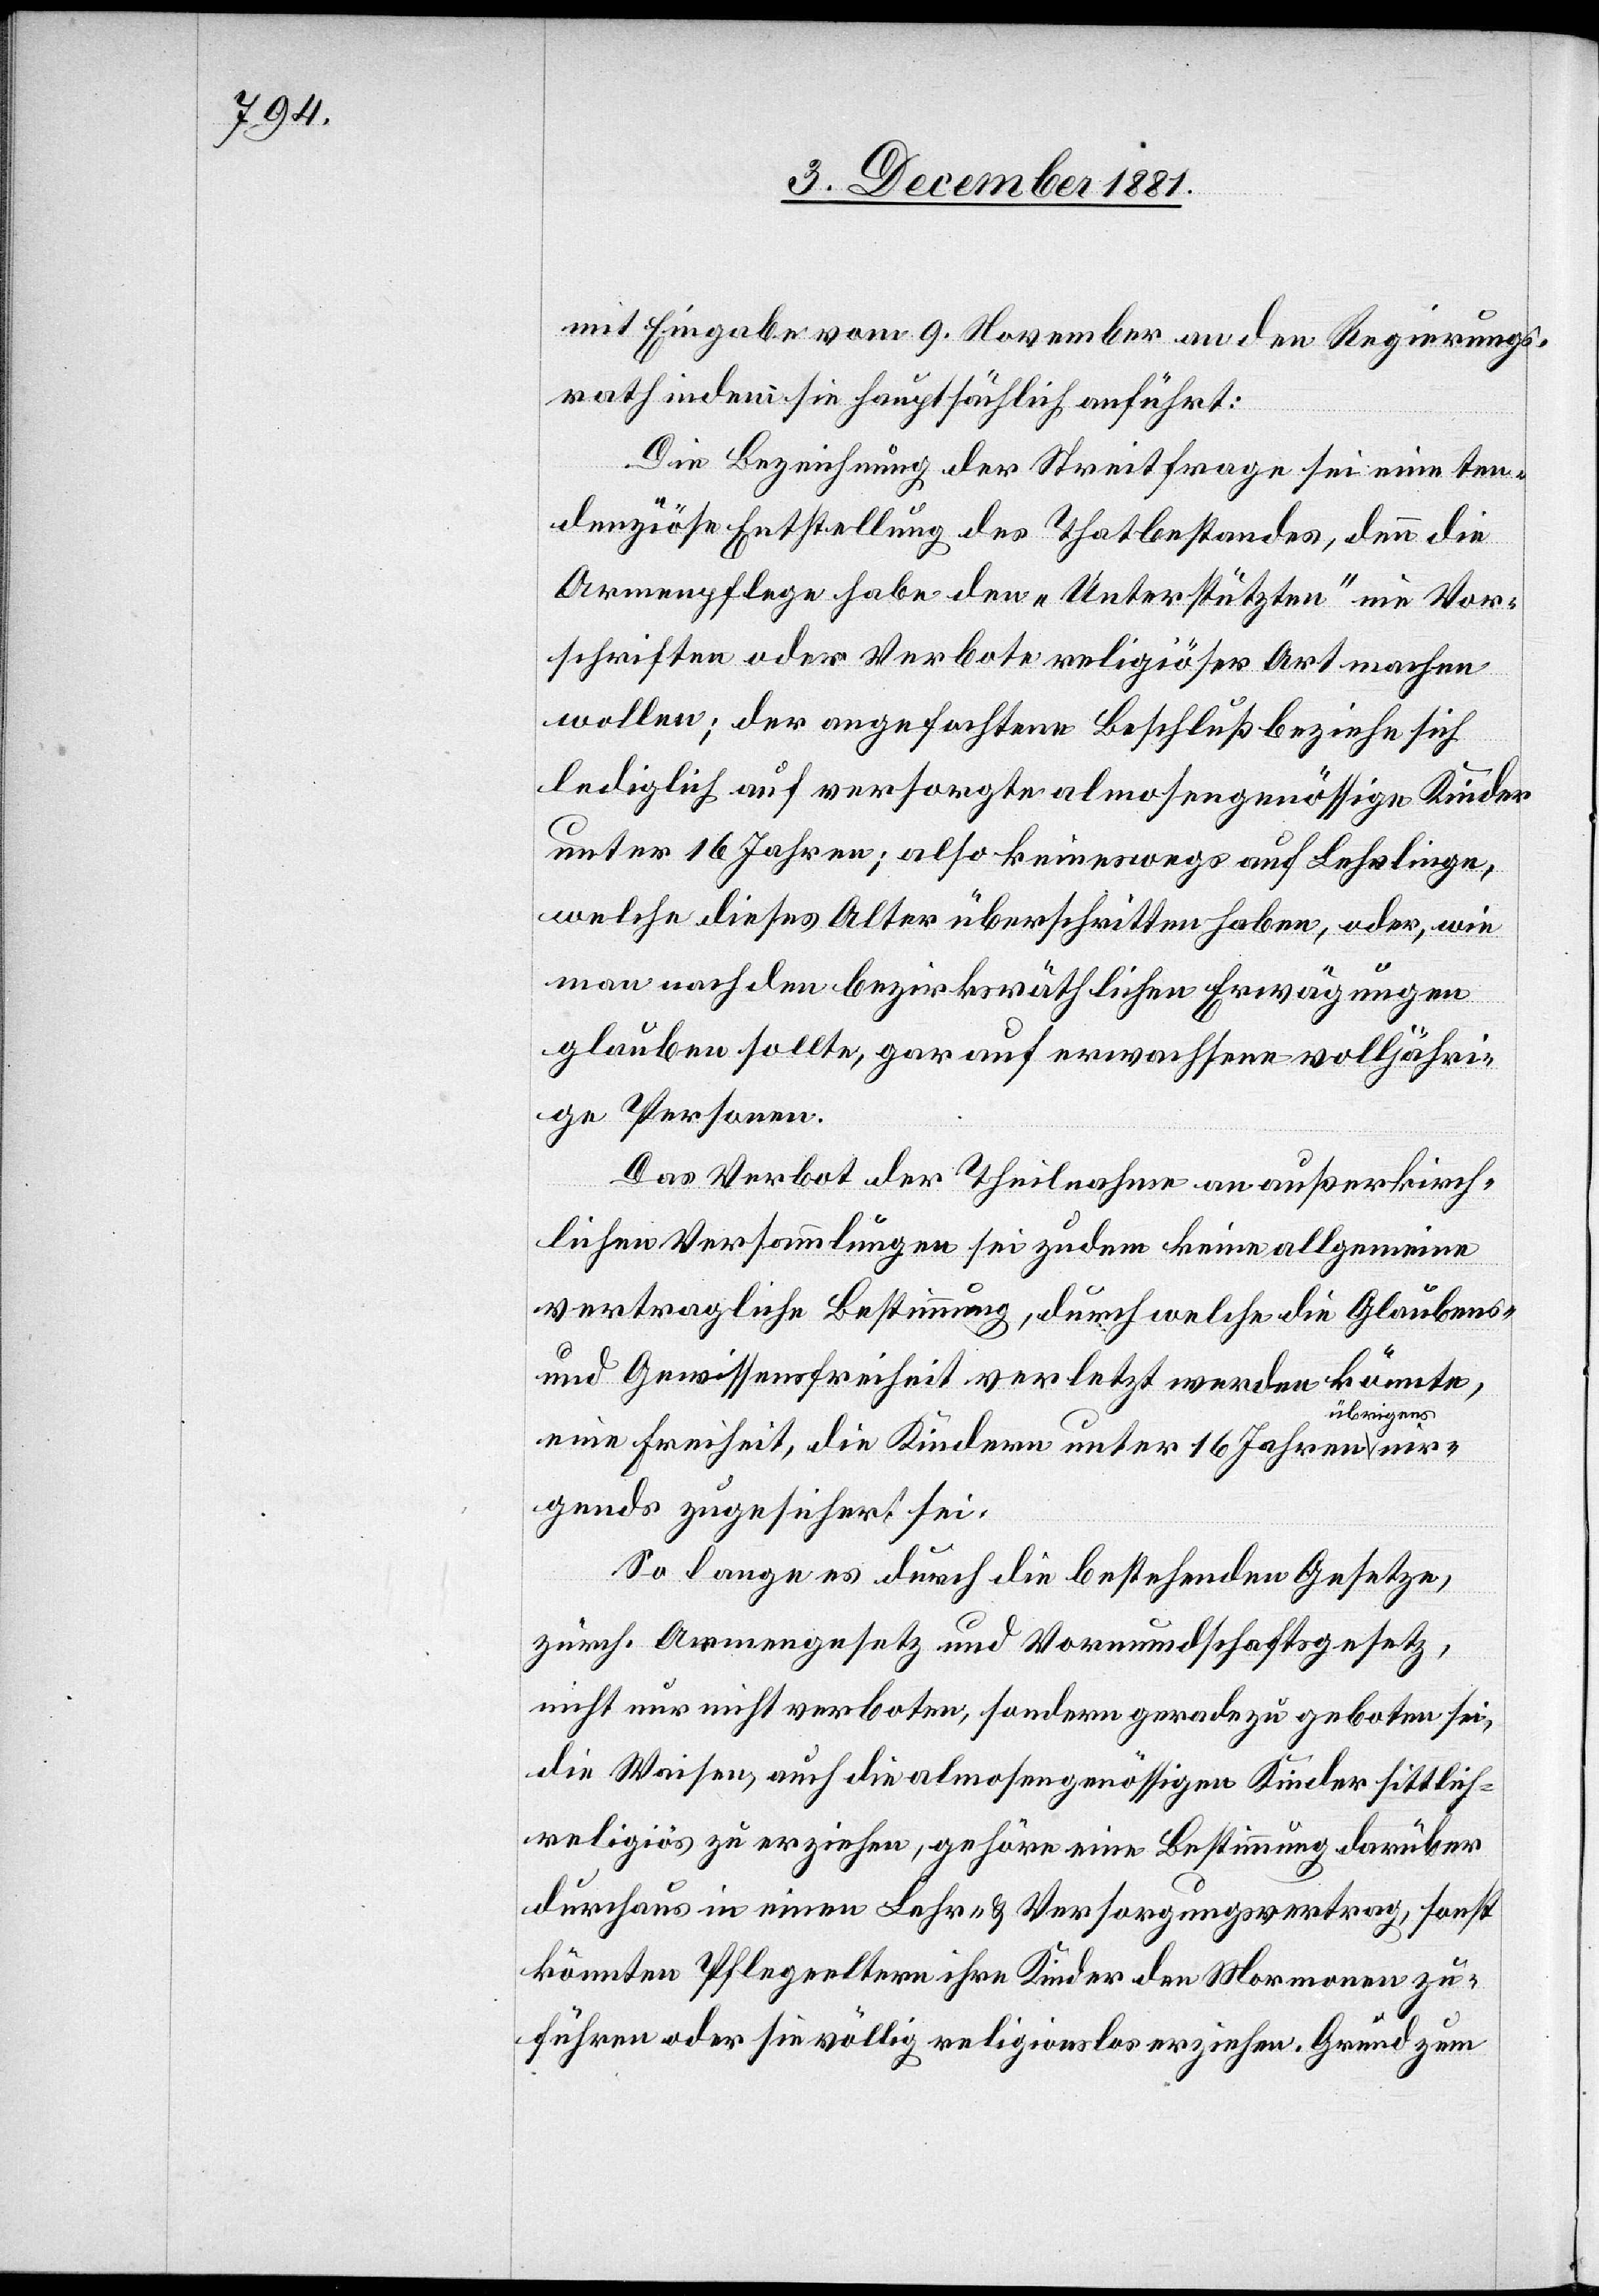
mit Eingabe vom 9. November an den Regierungs¬
rath indem sie hauptsächlich anführt:
Die Bezeichnung der Streitfrage sei eine ten¬
denziöse Entstellung des Thatbestandes, denn die
Armenpflege habe den „Unterstützten“ nie Vor¬
schriften oder Verbote religiöser Art machen
wollen; der angefochtene Beschluß beziehe sich
lediglich auf versorgte almosengenössige Kinder
unter 16 Jahren; also keineswegs auf Lehrlinge,
welche dieses Alter überschritten haben, oder, wie
man nach den bezirksräthlichen Erwägungen
glauben sollte, gar auf erwachsene volljähri¬
ge Personen.
nir¬
Das Verbot der Theilnahme an außerkirch¬
lichen Versammlungen sei zudem keine allgemeine
vertragliche Bestimmung, durch welche die Glaubens-
und Gewissensfreiheit verletzt werden könnte,
übrigens
eine Freiheit, die Kindern unter 16 Jahren
gends zugesichert sei.
So lange es durch die bestehenden Gesetze,
zürch. Armengesetz und Vormundschaftsgesetz,
nicht nur nicht verboten, sondern geradezu geboten sei,
die Waisen, auch die almosengenössigen Kinder sittlich-r¬
eligiös zu erziehen, gehöre eine Bestimmung darüber
durchaus in einen Lehr- & Versorgungsvertrag, sonst
könnten Pflegeeltern ihre Kinder den Mormonen zu¬
führen oder sie völlig religionslos erziehen. Grund zum